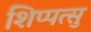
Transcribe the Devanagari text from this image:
शिप्पत्सु